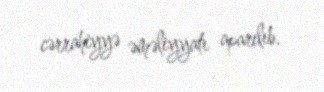
cərrahiyyə əməliyyatı aparılıb.